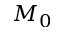
M _ { 0 }